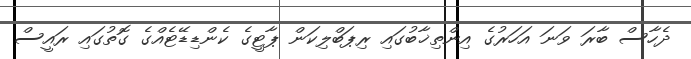
ދެހާސް ބާރަ ވަނަ އަހަރުގެ އިންތިޚާބުގައި ރިޕަބްލިކަން ޕާޓީގެ ކެންޑިޑޭޓެއްގެ ގޮތުގައި ރައީސް